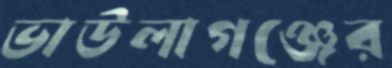
ভাউলাগঞ্জের